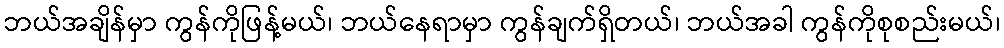
ဘယ်အချိန်မှာ ကွန်ကိုဖြန့်မယ်၊ ဘယ်နေရာမှာ ကွန်ချက်ရှိတယ်၊ ဘယ်အခါ ကွန်ကိုစုစည်းမယ်၊